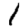
Digit: 1